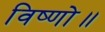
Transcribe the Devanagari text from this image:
विष्णो॥